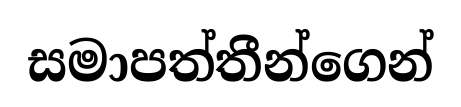
සමාපත්තීන්ගෙන්